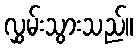
လွှမ်းသွားသည်။